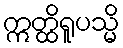
ဣတ္ထိရူပသ္မိ